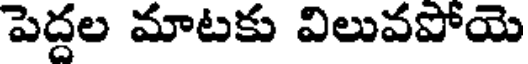
పెద్దల మాటకు విలువపోయె